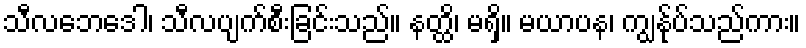
သီလဘေဒေါ၊ သီလပျက်စီးခြင်းသည်။ နတ္ထိ၊ မရှိ။ မယာပန၊ ကျွန်ုပ်သည်ကား။